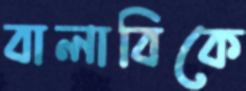
বালাবিকে